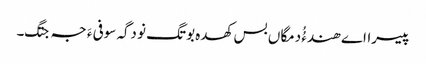
پیسرااے ھندءُُ دمگاں بس کھدہ بوتگ نو دگہ سوفی ءَ جہ جتگ۔